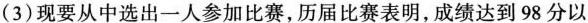
(3)现要从中选出一人参加比赛，历届比赛表明，成绩达到98分以